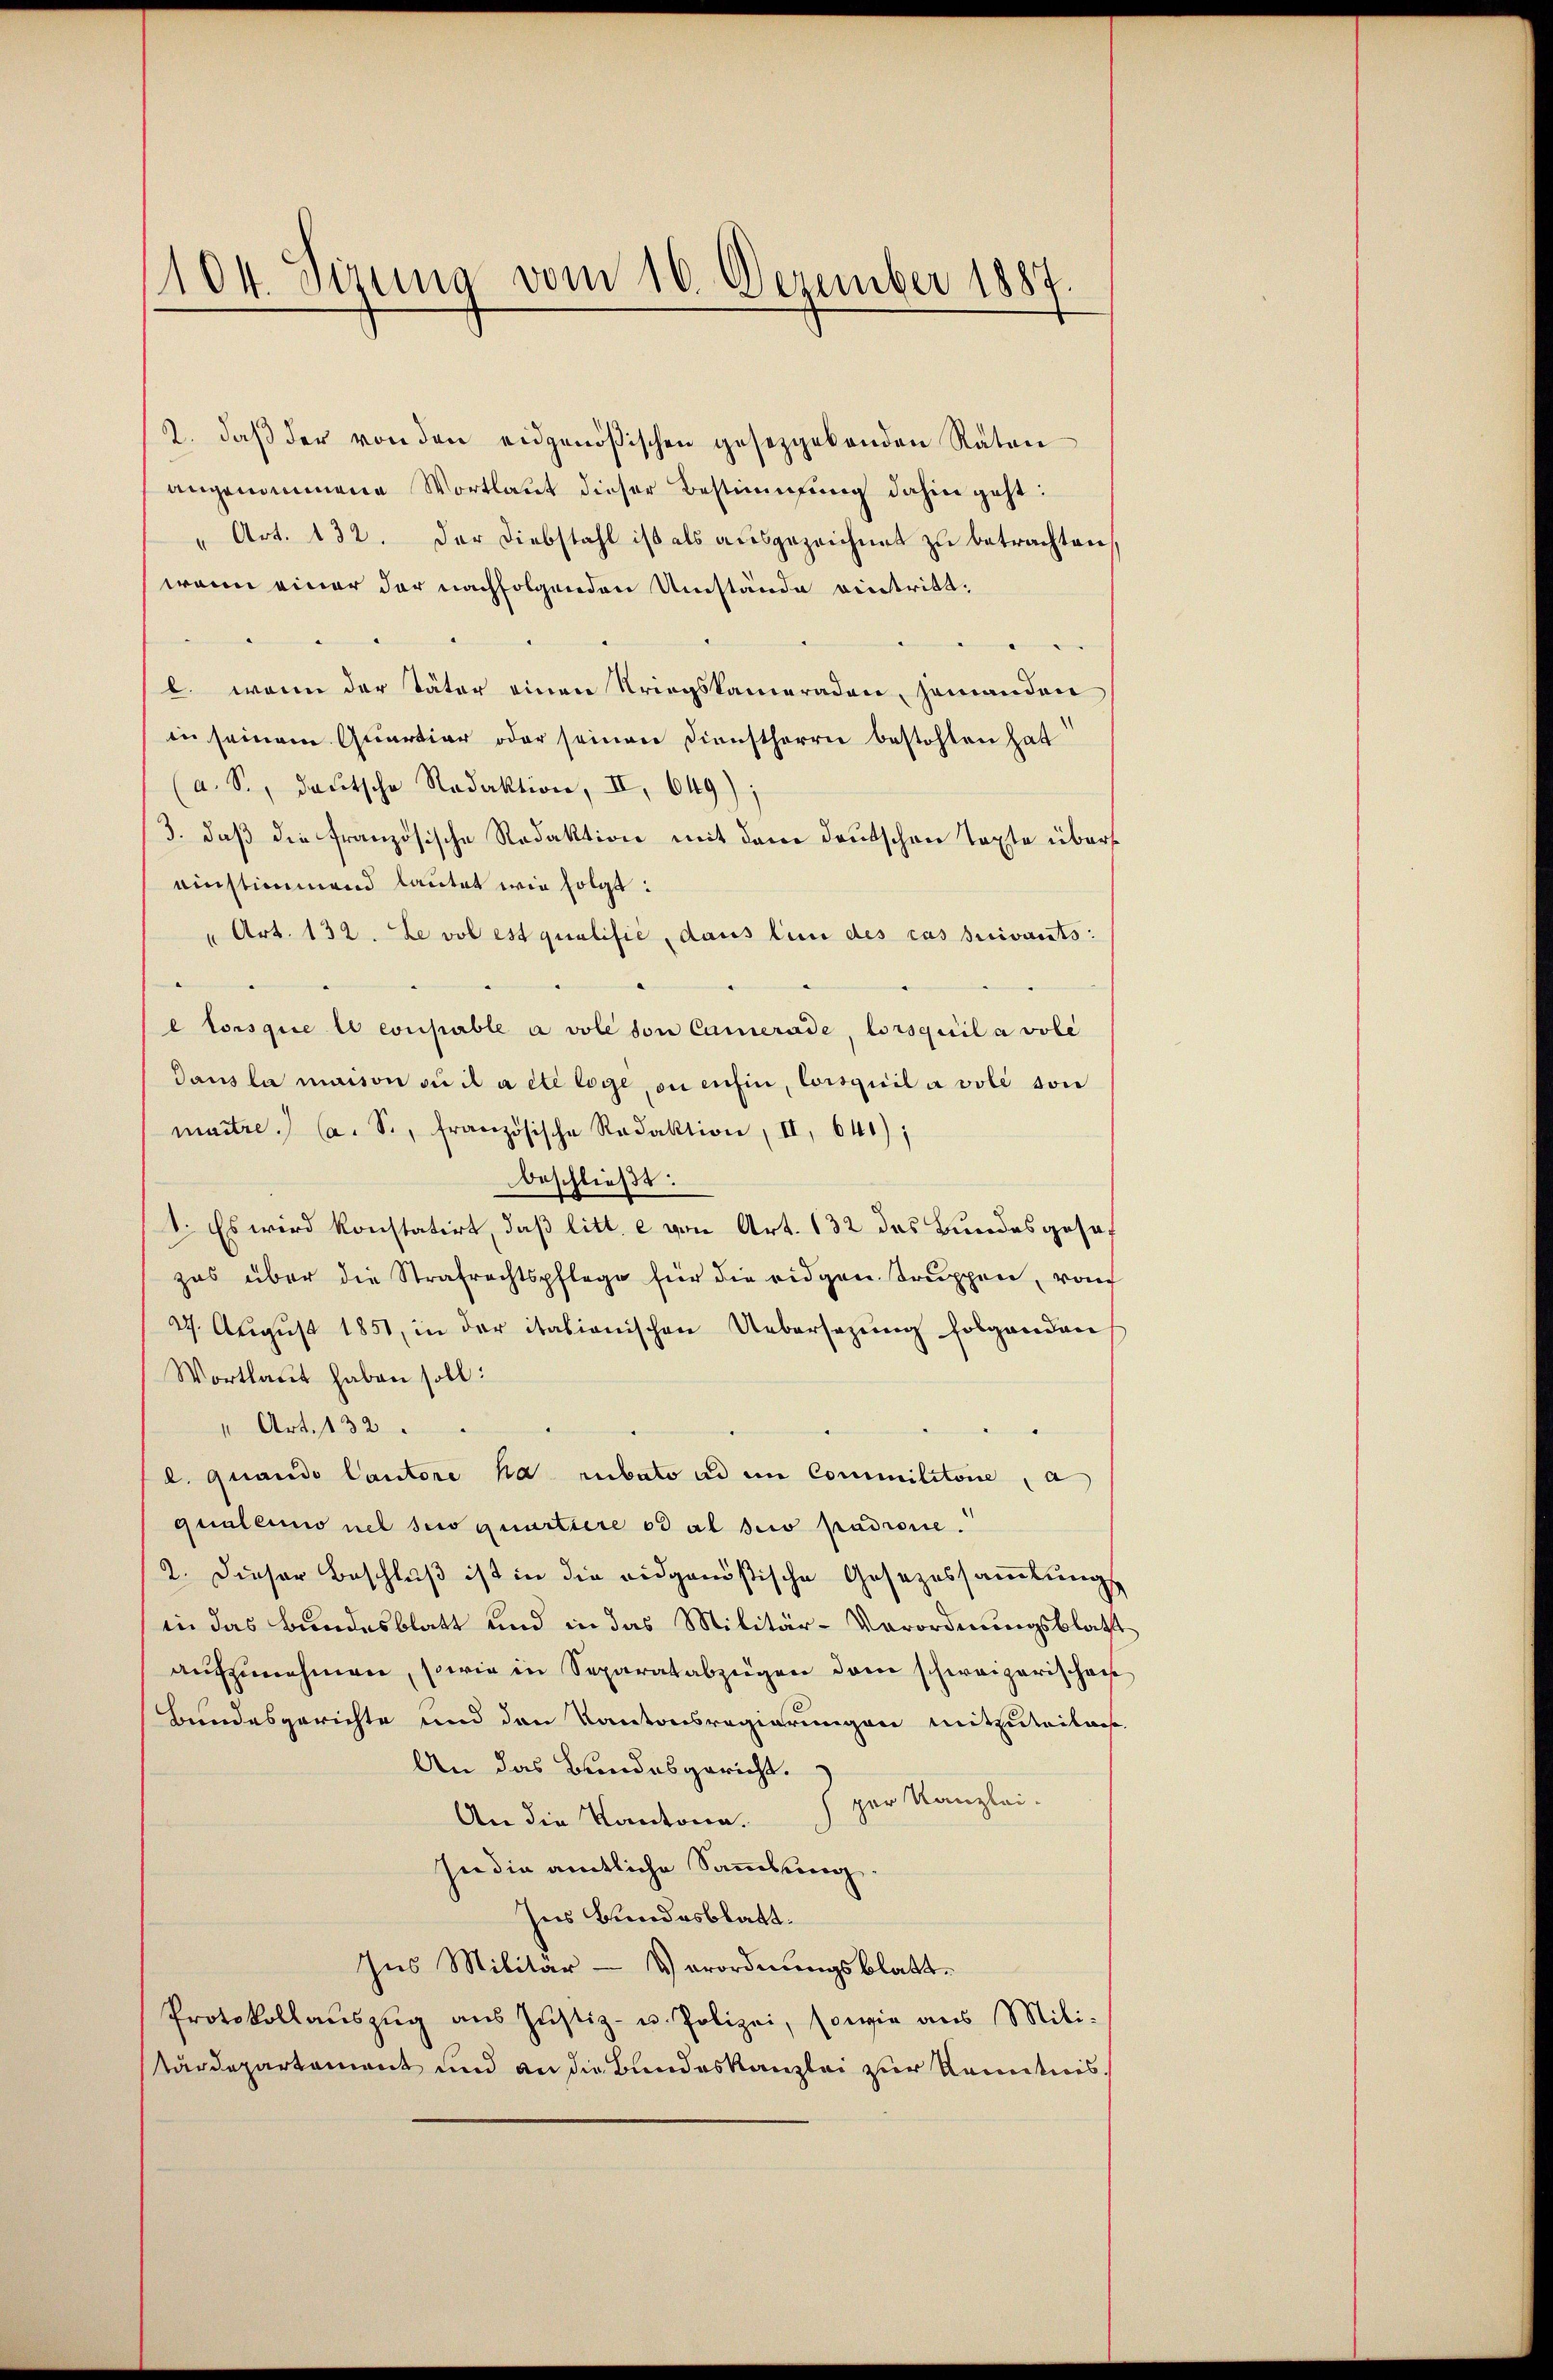
104. Sizung vom 16. Dezember 1887

2. daβ der von den eidgenößischen gesetzgebenden Räten
angenommene Wortlaut dieser Bestimmung dahin geht:
" Art. 132. Der Diebstahl ist als aŭsgezeichnet zŭ betrachten,
wenn einer der nachfolgenden Umstände eintritt,
b. wenn der Täter einer Striegskameraden, jemanden
in seinem Quartiar oder seinen Dienstherrn bestohlen hat
a. S., deutsche Redaktion, II, 649);
3. daß die französische Redaktion mit dem Deutschen Texte übers
einstimmend lautet wie folgt:
"Art. 132. Le vol est qualisie, dans lini des cas suivants:
l lorsque le coupable a vole von Camerade, lorsquil a vole
Dans la maison ou il a été loge, on enein, Coisquil a vole von
maitre.) (a. S., französische Redaktion, II, 641);
beschließt:
1. Es wird konstatirt, daß litt. c von Art. 132 das Bundesgehof
zas über die Strafrechtspflege für die eidgen truppen, von
27. August 1851, in der itationischen Uebersezung folgenden
Wortlaut haben soll:
" Art. 132.
d. quando lautore ha rubato ad in Commilitaire, a
qualeno nel suo quartiere od al scio padrone.
2. Dieser Beschluß ist in die eidgenößische Gesezessammlungs
in das Bundesblatt und in das Militär-Verordnungsblatt
aufzunehmen, sowie in Separatabzügen dem schweizerischen
Bundesgerichte und den Kantonsregierungen mitzuteilas
An das Bundesgericht.
per Kanzlei.
An die Kantone.
hne die amtliche Sammlung.
Ins Bundesblatt.
Ins Militär- Verordnungsblatt.
Protokollaŭszŭg aŭs Jŭstiz- u. Polizei, sowie aus Mili-
tärdepartement und an die Bundeskanzlei zur Kenntnis,